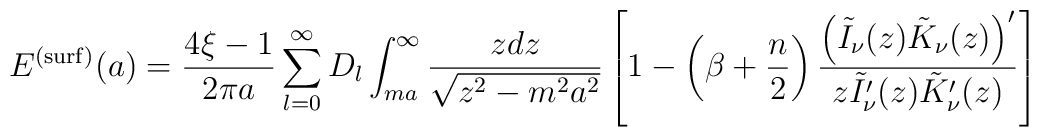
E^{{\rm (surf)}}(a)=\frac{4\xi -1}{2\pi a}\sum_{l=0}^{\infty}D_{l}\int_{ma}^{\infty }\frac{zdz}{\sqrt{z^{2}-m^{2}a^{2}}}\left[ 1-\left(\beta +\frac{n}{2}\right) \frac{\left( \tilde{I}_{\nu }(z)\tilde{K}_{\nu}(z)\right) ^{\prime }}{z\tilde{I}_{\nu }^{\prime }(z)\tilde{K}_{\nu}^{\prime }(z)}\right] \;